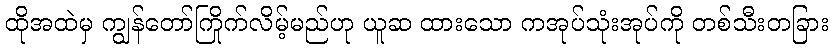
ထိုအထဲမှ ကျွန်တော်ကြိုက်လိမ့်မည်ဟု ယူဆ ထားသော ကအုပ်သုံးအုပ်ကို တစ်သီးတခြား